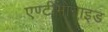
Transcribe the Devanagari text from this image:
एण्टीमोनाइड